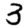
Digit: 3